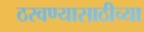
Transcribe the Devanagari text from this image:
ठरवण्यासाठीच्या